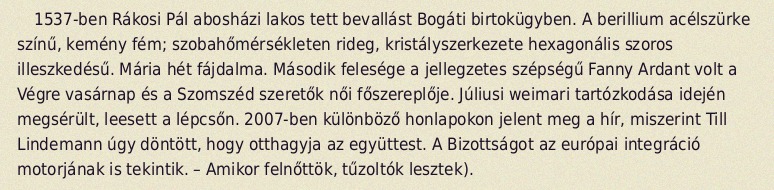
1537-ben Rákosi Pál abosházi lakos tett bevallást Bogáti birtokügyben. A berillium acélszürke színű, kemény fém; szobahőmérsékleten rideg, kristályszerkezete hexagonális szoros illeszkedésű. Mária hét fájdalma. Második felesége a jellegzetes szépségű Fanny Ardant volt a Végre vasárnap és a Szomszéd szeretők női főszereplője. Júliusi weimari tartózkodása idején megsérült, leesett a lépcsőn. 2007-ben különböző honlapokon jelent meg a hír, miszerint Till Lindemann úgy döntött, hogy otthagyja az együttest. A Bizottságot az európai integráció motorjának is tekintik. – Amikor felnőttök, tűzoltók lesztek).